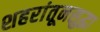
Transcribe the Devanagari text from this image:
शहरांतूनसुद्धा